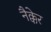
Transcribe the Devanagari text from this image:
नैक्केर